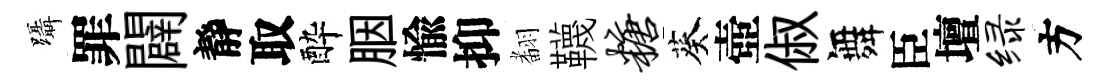
躡罪闢靜取酔胭愉抑𮋒韈糖葵壺俶舞臣壇绿方